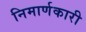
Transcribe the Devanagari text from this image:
निमार्णकारी